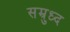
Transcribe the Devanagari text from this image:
सम्रुध्द